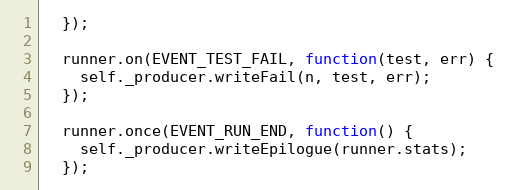
Language: JavaScript
  });

  runner.on(EVENT_TEST_FAIL, function(test, err) {
    self._producer.writeFail(n, test, err);
  });

  runner.once(EVENT_RUN_END, function() {
    self._producer.writeEpilogue(runner.stats);
  });